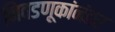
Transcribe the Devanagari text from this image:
निवडणूकांनंतर